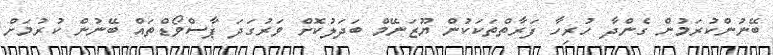
ބޭނުންކުރަމުން ގެންދާ ހުރިހާ ފަރާތްތަކަކުން ޔޫޒަނޭމް ބަދަލުކޮށް ވަރުގަދަ ޕާސްވޯޑްތައް ބޭނުން ކުރުމަށް